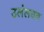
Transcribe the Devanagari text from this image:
उलंलघन